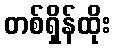
တစ်ရှိန်ထိုး